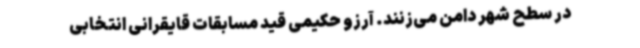
در سطح شهر دامن می‌زنند. آرزو حکیمی قید مسابقات قایقرانی انتخابی